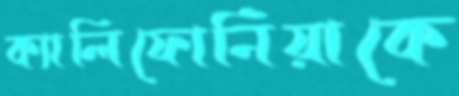
ক্যালিফোর্নিয়াকে